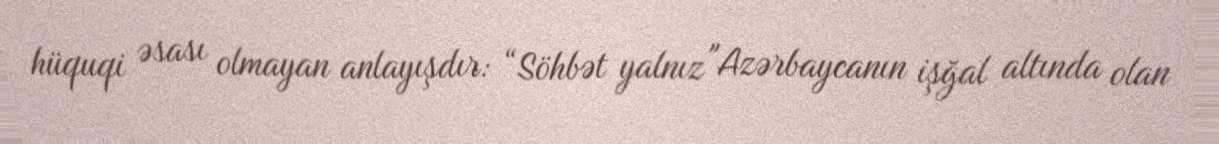
hüquqi əsası olmayan anlayışdır: “Söhbət yalnız "Azərbaycanın işğal altında olan